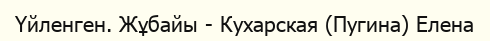
Үйленген. Жұбайы - Кухарская (Пугина) Елена